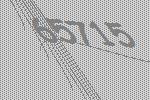
65715